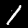
Digit: 1